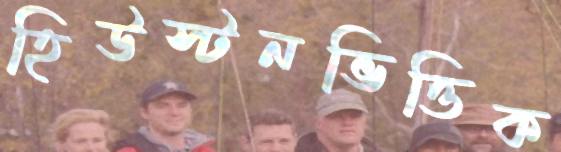
হিউস্টনভিত্তিক